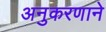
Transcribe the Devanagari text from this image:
अनुकरणाने